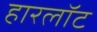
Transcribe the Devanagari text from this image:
हारलॉट